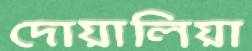
দোয়ালিয়া